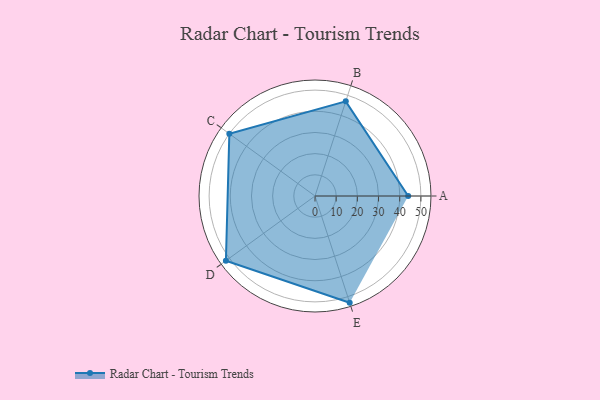
{"axis": {"x": "Skill", "y": "Score"}, "legend": ["Profile"], "data": [{"x": "A", "y": 44.0, "type": "Profile"}, {"x": "B", "y": 47.0, "type": "Profile"}, {"x": "C", "y": 50.0, "type": "Profile"}, {"x": "D", "y": 52.0, "type": "Profile"}, {"x": "E", "y": 53.0, "type": "Profile"}]}